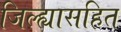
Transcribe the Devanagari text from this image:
जिल्ह्यासहित